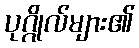
ပုဂ္ဂိုလ်များ၏